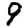
Digit: 9